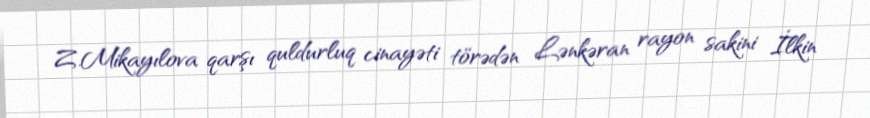
Z.Mikayılova qarşı quldurluq cinayəti törədən Lənkəran rayon sakini İlkin